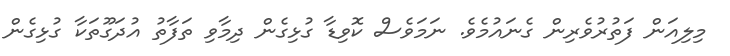
މިލިއަން ފަތުރުވެރިން ގެނައުމެވެ. ނަމަވެސް ކޮވިޑާ ގުޅިގެން ދިމާވި ތަފާތު އުދަގޫތަކާ ގުޅިގެން